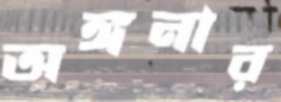
অঙ্গনার